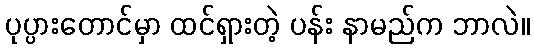
ပုပ္ပားတောင်မှာ ထင်ရှားတဲ့ ပန်း နာမည်က ဘာလဲ။